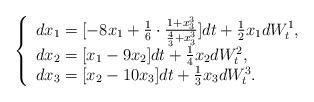
LaTeX: \begin{align*}\left\{\begin{array}{l}dx_1=[-8x_1+\frac{1}{6}\cdot\frac{1+x_3^3}{\frac43+x_3^3}]dt+\frac12x_1dW_t^1,\\dx_2=[x_1-9x_2]dt+\frac14x_2dW_t^2,\\dx_3=[x_2-10x_3]dt+\frac13x_3dW_t^3.\end{array}\right.\end{align*}